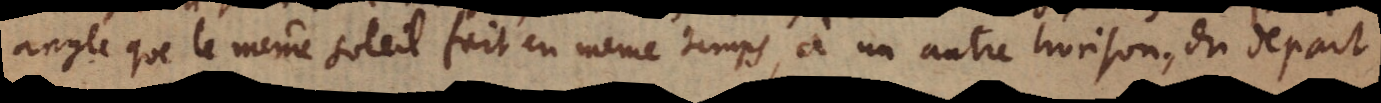
angle que le même soleil fait en même temps, à un autre horison, du départ